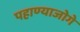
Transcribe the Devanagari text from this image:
पहाण्याजोगे